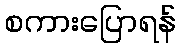
စကားပြောရန်